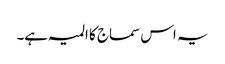
یہ اس سماج کا المیہ ہے۔